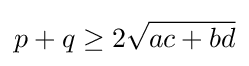
p+q\geq 2{\sqrt {ac+bd}}